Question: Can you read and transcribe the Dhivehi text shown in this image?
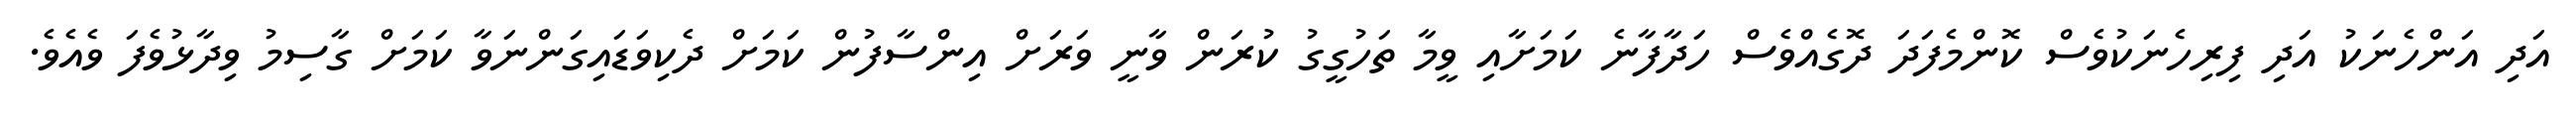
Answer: އަދި އަންހެނަކު އަދި ފިރިހެނަކުވެސް ކޮންމެފަދަ ދޮގެއްވެސް ހަދާފާނެ ކަމަށާއި ވީމާ ތަހުގީގު ކުރަން ވާނީ ވަރަށް އިންސާފުން ކަމަށް ދެކިވަޑައިގަންނަވާ ކަމަށް ގާސިމު ވިދާޅުވެފަ ވެއެވެ.